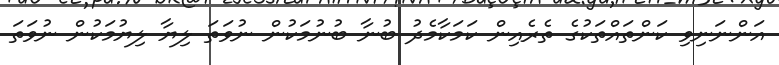
އަންނަނިވި ކަންތައްތަކުގެ ތެރެއިން ކަމަކާމެދު ބުނާ ބުނުމަކުން ނުވަތަ ލިޔާ ލިޔުމަކުން ނުވަތަ